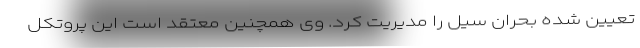
تعیین شده بحران سیل را مدیریت کرد. وی همچنین معتقد است این پروتکل